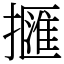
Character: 擓